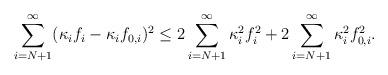
LaTeX: \begin{align*} \sum_{i=N+1}^\infty(\kappa_if_i-\kappa_if_{0,i})^2 \leq 2\sum_{i=N+1}^\infty\kappa_i^2f_i^2 + 2\sum_{i=N+1}^\infty\kappa_i^2f_{0,i}^2.\end{align*}